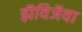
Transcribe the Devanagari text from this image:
झॅविजॅवा